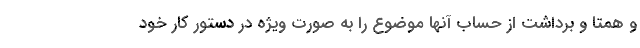
و همتا و برداشت از حساب آنها موضوع را به صورت ویژه در دستور کار خود